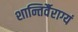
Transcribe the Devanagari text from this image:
शान्तिर्वैराग्यं